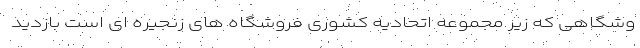
وشگاهی که زیر مجموعه اتحادیه کشوری فروشگاه های زنجیره ای است بازدید